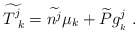
\begin{align*}\widetilde{T^j_{\ k}}=\widetilde{n^j}\mu_k +\widetilde P g^j_{_k}\ .\end{align*}